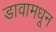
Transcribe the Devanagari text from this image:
डावामधून